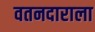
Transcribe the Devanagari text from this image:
वतनदाराला